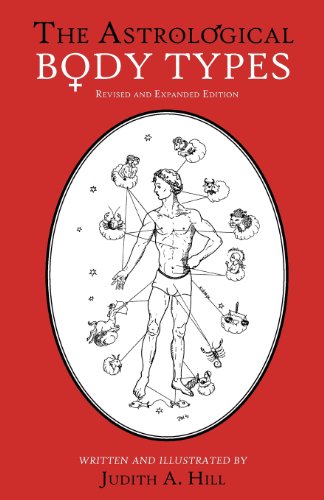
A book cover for The Astrological Body Types Face, Form and Expression (Revised and Expanded Edition); Judith A. Hill; Medical Books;